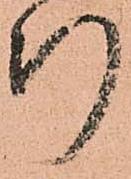
断